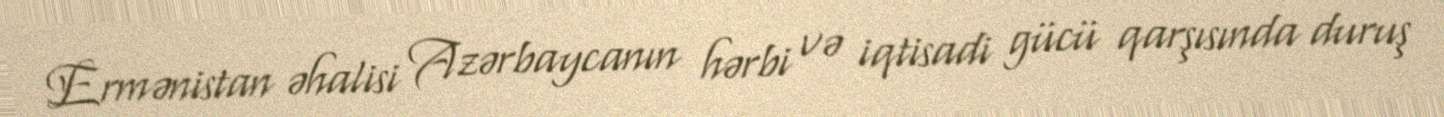
Ermənistan əhalisi Azərbaycanın hərbi və iqtisadi gücü qarşısında duruş